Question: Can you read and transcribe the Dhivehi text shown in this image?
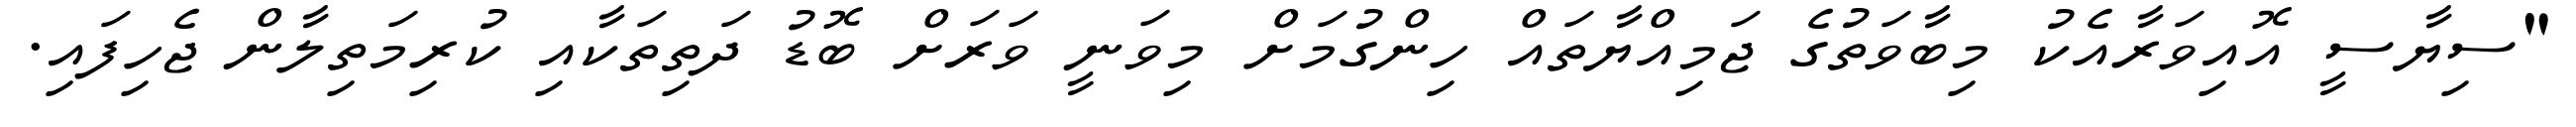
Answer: "ސިޔާސީ އޮއިވަރާއެކު މިބާވަތުގެ ޖަމިއްޔާތައް ހިންގުމަށް މިވަނީ ވަރަށް ބޮޑު ދަތިތަކާއި ކުރިމަތިލާން ޖެހިފައި.